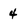
Character: 4